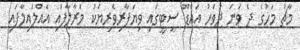
މާޗު މަހުގެ ދެ ވަނަ ދުވަހު އައްޑޫ ސިޓީގައި ވިޔަފާރިވެރިޔަކު މަރާލާފައި އެއްލައިލާފައި